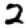
Digit: 2